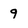
Character: 9